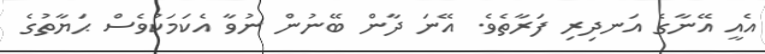
އެއީ އޭނާގެ އަނދިރި ފަރާތެވެ. އޭނަ ދާން ބޭނުން ނުވާ އެކަމަކުވެސް ޙަޔާތުގެ